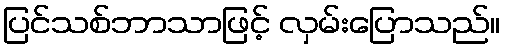
ပြင်သစ်ဘာသာဖြင့် လှမ်းပြောသည်။